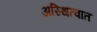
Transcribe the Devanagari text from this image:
अस्थित्वात